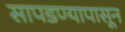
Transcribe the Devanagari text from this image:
सापडण्यापासून